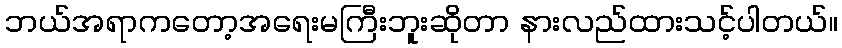
ဘယ်အရာကတော့အရေးမကြီးဘူးဆိုတာ နားလည်ထားသင့်ပါတယ်။